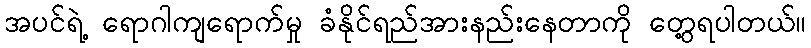
အပင်ရဲ့ ရောဂါကျရောက်မှု ခံနိုင်ရည်အားနည်းနေတာကို တွေ့ရပါတယ်။